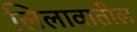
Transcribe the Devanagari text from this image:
लिलावातील